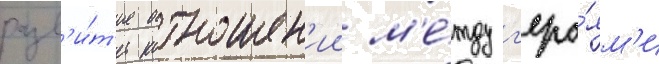
разв'и́т'ие отношен'ии м'е́жду г'еро́ям'и